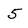
Character: 5